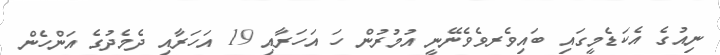
ނިއުގެ އެކަޑެމީގައި ބައިވެރވެވެނޭނީ އުމުރުން ހަ އަހަރާއި 19 އަހަރާއި ދެމެދުގެ އަންހެން